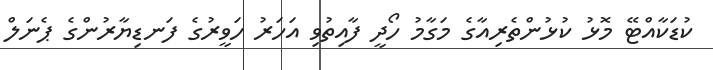
ކުޑަކާއްޓޭ މޮޅު ކުޅުންތެރިއާގެ މަގާމު ހޯދީ ފާއިތުވި އަހަރު ހަވީރުގެ ފަނޑިޔާރުންގެ ޕެނަލް